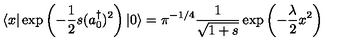
\langle x \vert \exp \left( - \frac { 1 } { 2 } s ( a _ { 0 } ^ { \dagger } ) ^ { 2 } \right) | 0 \rangle = \pi ^ { - 1 / 4 } \frac { 1 } { \sqrt { 1 + s } } \exp \left( - \frac { \lambda } { 2 } x ^ { 2 } \right)